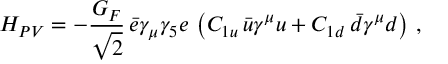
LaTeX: { \cal H } _ { P V } = - \frac { G _ { F } } { \sqrt { 2 } } \, \bar { e } \gamma _ { \mu } \gamma _ { 5 } e \, \left( C _ { 1 u } \, \bar { u } \gamma ^ { \mu } u + C _ { 1 d } \, \bar { d } \gamma ^ { \mu } d \right) \, ,